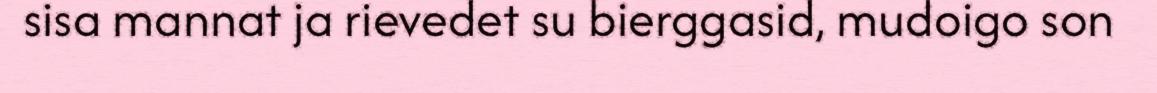
sisa mannat ja rievedet su bierggasid, mudoigo son